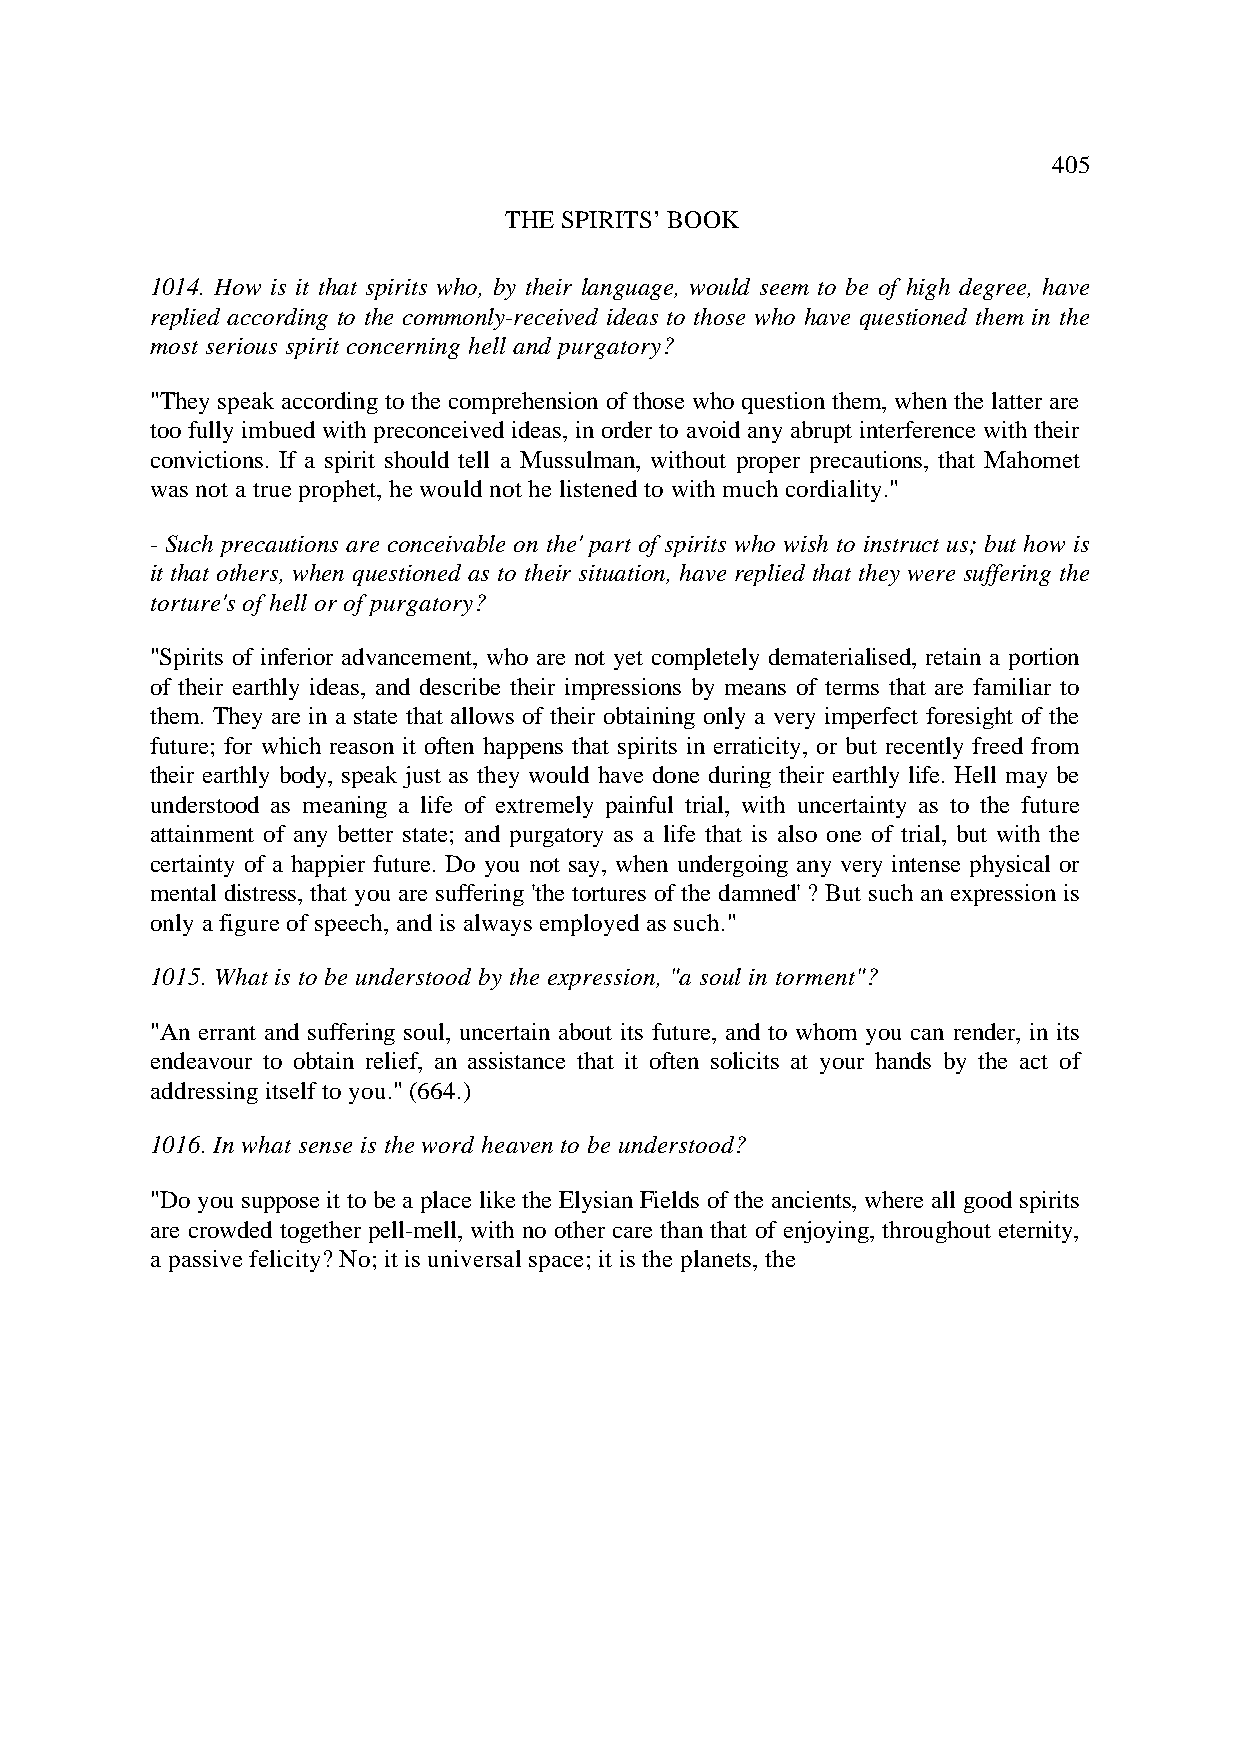
405
 THE SPIRITS’ BOOK
 1014. How is it that spirits who, by their language, would seem to be of high degree, have
 replied according to the commonly-received ideas to those who have questioned them in the
 most serious spirit concerning hell and purgatory?
 "They speak according to the comprehension of those who question them, when the latter are
 too fully imbued with preconceived ideas, in order to avoid any abrupt interference with their
 convictions. If a spirit should tell a Mussulman, without proper precautions, that Mahomet
 was not a true prophet, he would not he listened to with much cordiality."
 - Such precautions are conceivable on the' part of spirits who wish to instruct us; but how is
 it that others, when questioned as to their situation, have replied that they were suffering the
 torture's of hell or of purgatory?
 "Spirits of inferior advancement, who are not yet completely dematerialised, retain a portion
 of their earthly ideas, and describe their impressions by means of terms that are familiar to
 them. They are in a state that allows of their obtaining only a very imperfect foresight of the
 future; for which reason it often happens that spirits in erraticity, or but recently freed from
 their earthly body, speak just as they would have done during their earthly life. Hell may be
 understood as meaning a life of extremely painful trial, with uncertainty as to the future
 attainment of any better state; and purgatory as a life that is also one of trial, but with the
 certainty of a happier future. Do you not say, when undergoing any very intense physical or
 mental distress, that you are suffering 'the tortures of the damned' ? But such an expression is
 only a figure of speech, and is always employed as such."
 1015. What is to be understood by the expression, "a soul in torment"?
 "An errant and suffering soul, uncertain about its future, and to whom you can render, in its
 endeavour to obtain relief, an assistance that it often solicits at your hands by the act of
 addressing itself to you." (664.)
 1016. In what sense is the word heaven to be understood?
 "Do you suppose it to be a place like the Elysian Fields of the ancients, where all good spirits
 are crowded together pell-mell, with no other care than that of enjoying, throughout eternity,
 a passive felicity? No; it is universal space; it is the planets, the